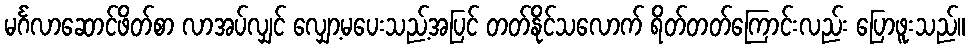
မင်္ဂလာဆောင်ဖိတ်စာ လာအပ်လျှင် လျှော့မပေးသည့်အပြင် တတ်နိုင်သလောက် ရိတ်တတ်ကြောင်းလည်း ပြောဖူးသည်။